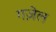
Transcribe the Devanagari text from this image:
गज़ेल